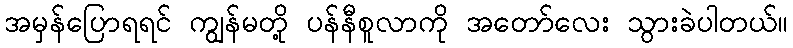
အမှန်ပြောရရင် ကျွန်မတို့ ပန်နီစူလာကို အတော်လေး သွားခဲပါတယ်။